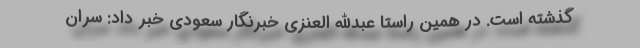
گذشته است. در همین راستا عبدالله العنزی خبرنگار سعودی خبر داد: سران